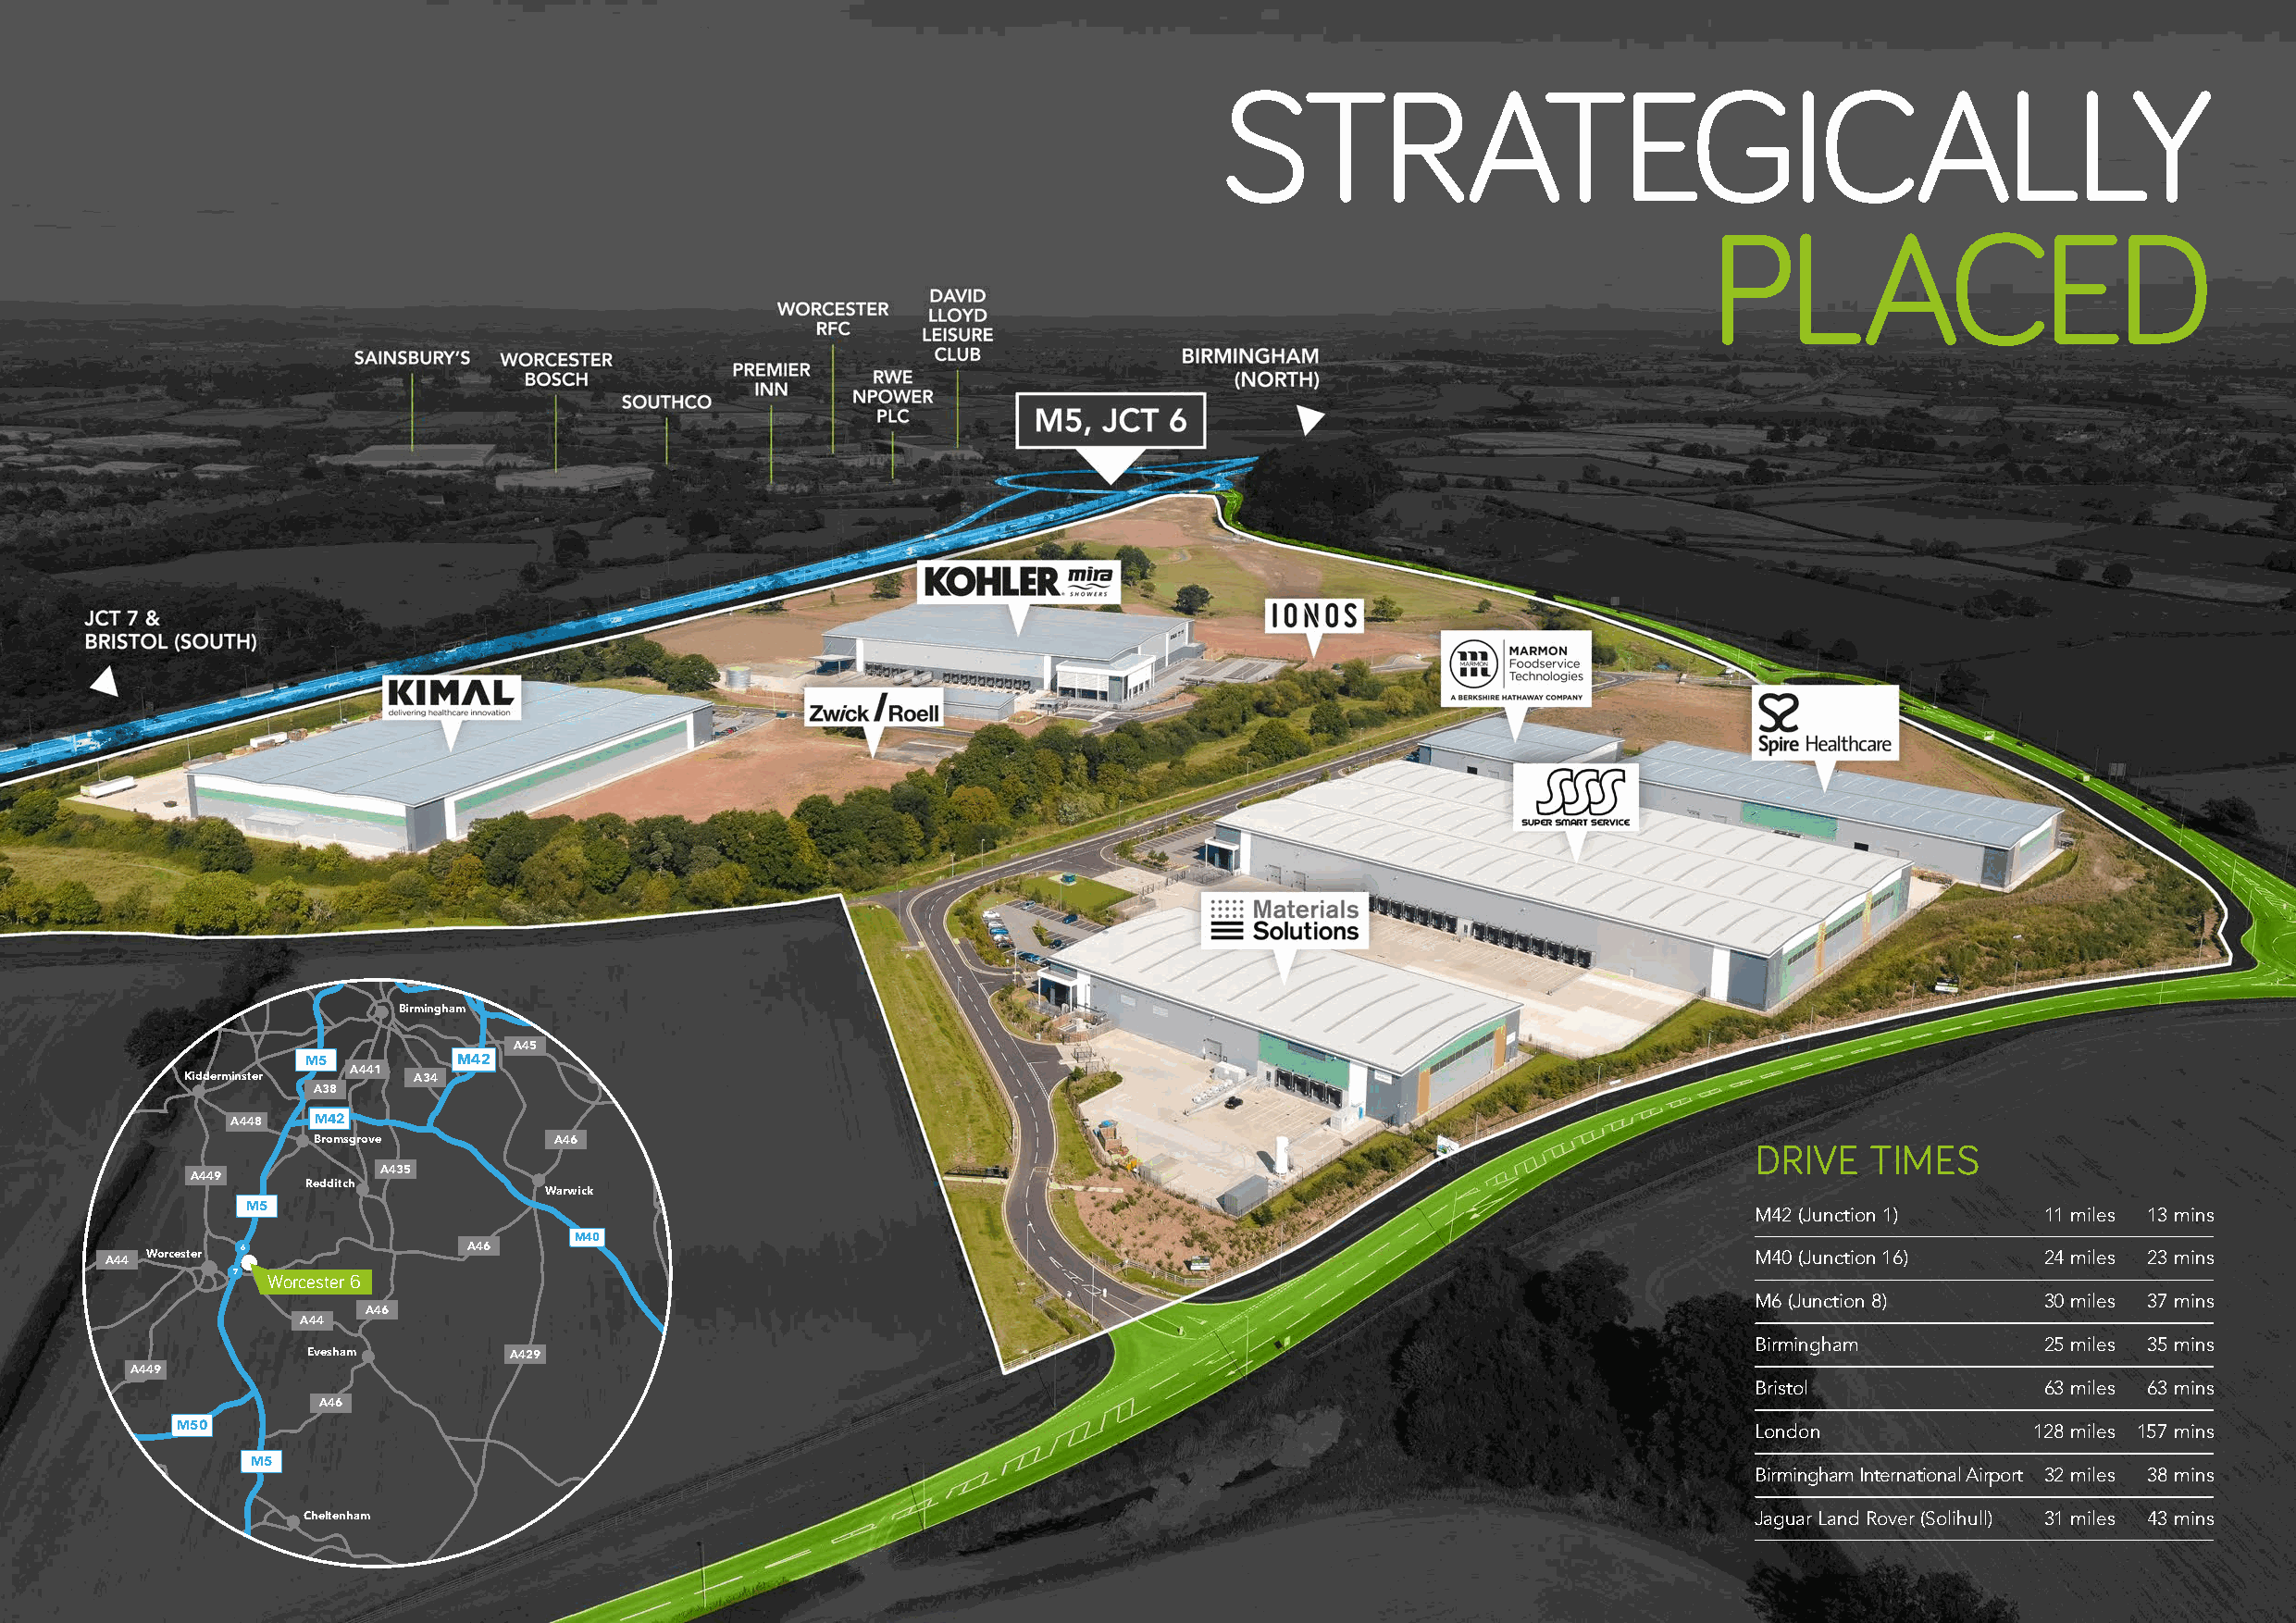
STRATEGICALLY
 PLACED
 M54    A34
 Leicester
 A41
 Wolverhampton                                    A6
 A5
 A449
 Dudley    M6
 A458              Birmingham               M1
 M6
 A442
 A45
 M5         M42      Coventry
 A441
 Kidderminster    A34
 A38                       Rugby     A14
 A448 M42
 Bromsgrove        A46    A423 M45                                                                       DRIVE   TIMES
 A435
 A449
 Redditch
 Warwick
 M5                                                                                                          M42 (Junction 1)    11 miles 13 mins
 M40
 Worcester 6            A46                                                                                          M40 (Junction 16)   24 miles 23 mins
 A44
 7 Worcester 6                              A5
 M6 (Junction 8)     30 miles 37 mins
 A46
 A44
 Birmingham          25 miles 35 mins
 Evesham       A429
 A449
 Bristol             63 miles 63 mins
 A46
 M50                                                                                                              London             128 miles 157 mins
 M5
 Birmingham International Airport 32 miles 38 mins
 A44
 Cheltenham                                                                                              Jaguar Land Rover (Solihull) 31 miles 43 mins
 Gloucester
 A48
 M40
 A40
 Oxford